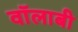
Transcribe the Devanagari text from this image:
वॉलाबी